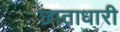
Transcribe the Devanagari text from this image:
छाताधारी